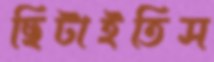
ছিটাইতিস